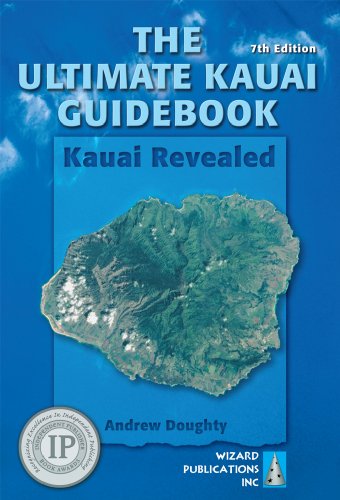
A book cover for The Ultimate Kauai Guidebook: Kauai Revealed; Andrew Doughty; Travel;